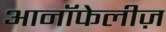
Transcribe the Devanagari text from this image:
आनॉफेलीज़